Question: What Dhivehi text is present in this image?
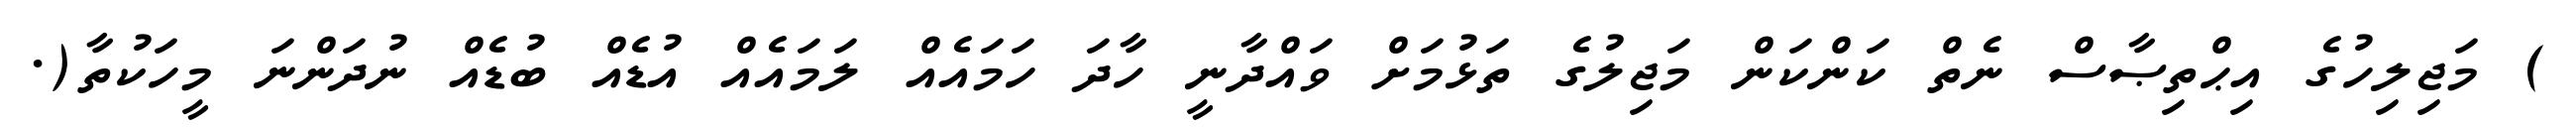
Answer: ) މަޖިލިހުގެ އިޙްތިޞާސް ނެތް ކަންކަން މަޖިލުގެ ތަޅުމަށް ވައްދާނީ ހާދަ ހަމައެއް ލަމައެއް އުޑެއް ބުޑެއް ނުދަންނަ މީހަކުތާ(.